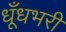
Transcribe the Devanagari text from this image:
धूँधभरी